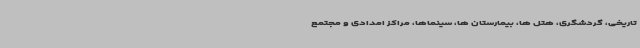
تاریخی، گردشگری، هتل ها، بیمارستان ها، سینماها، مراکز امدادی و مجتمع